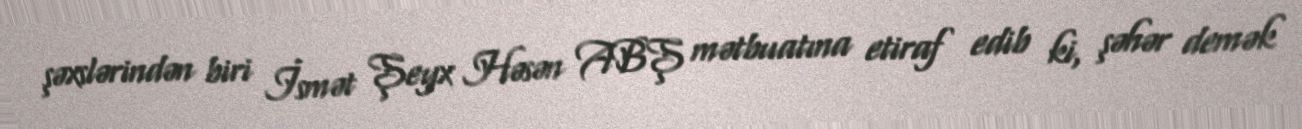
şəxslərindən biri İsmət Şeyx Həsən ABŞ mətbuatına etiraf edib ki, şəhər demək